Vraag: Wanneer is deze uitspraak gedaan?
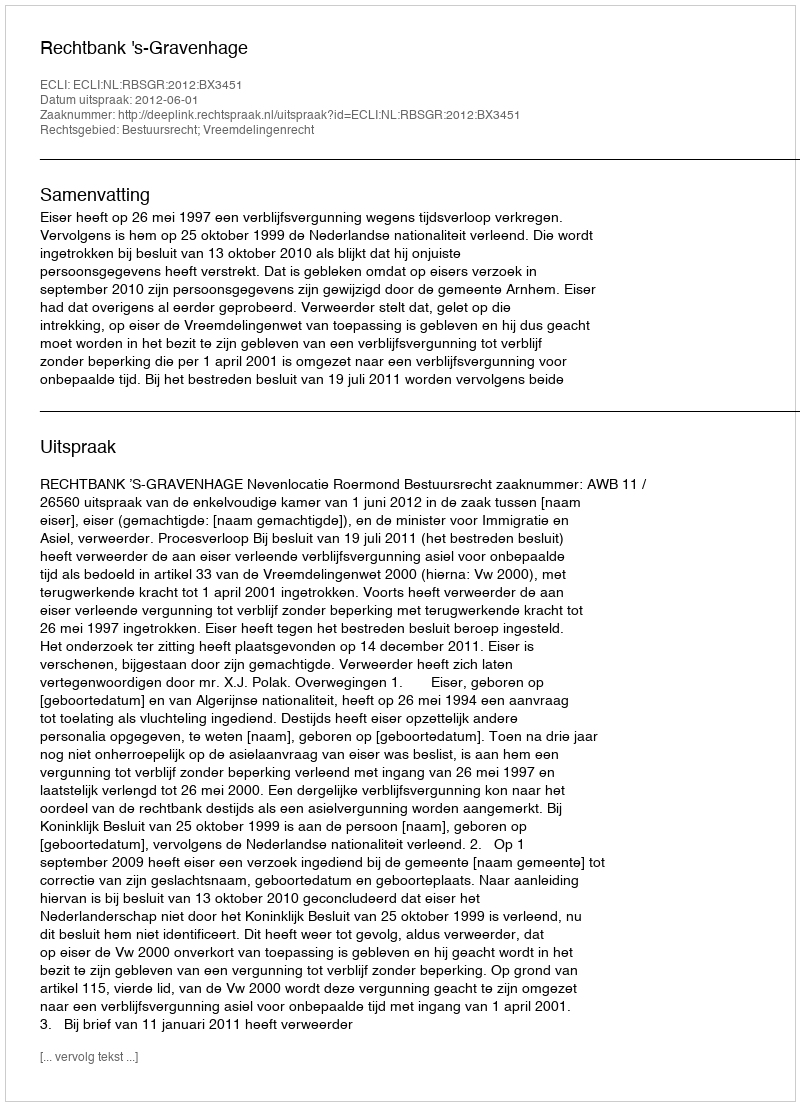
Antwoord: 2012-06-01